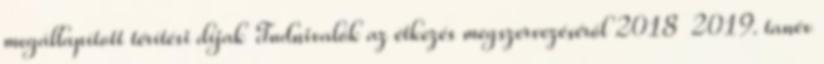
megállapított térítési díjak Tudnivalók az étkezés megszervezéséről 2018 2019. tanév